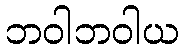
ဘဝါဘဝါယ